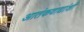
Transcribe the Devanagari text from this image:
आतंकवाद्यांशी